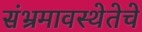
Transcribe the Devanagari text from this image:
संभ्रमावस्थेतेचे